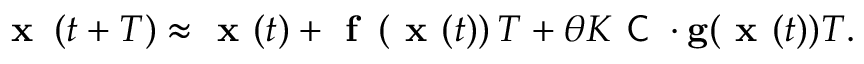
\textbf { x } \left( t + T \right) \approx \textbf { x } ( t ) + \textbf { f } \left( \textbf { x } ( t ) \right) T + \theta K \textsf { C } \cdot \mathbf { g } ( \textbf { x } ( t ) ) T .